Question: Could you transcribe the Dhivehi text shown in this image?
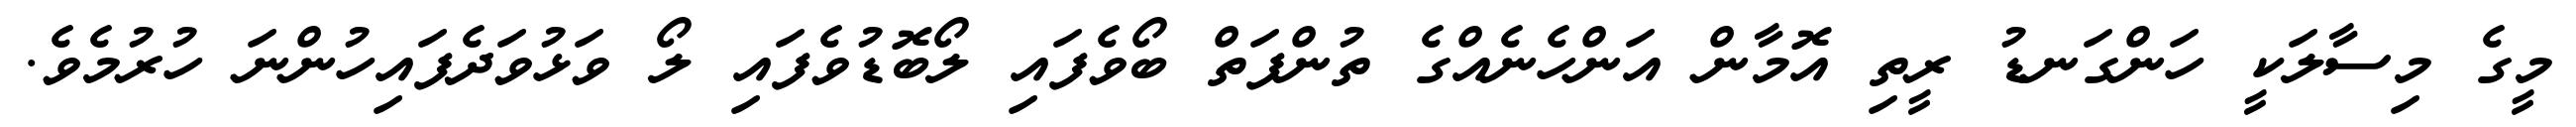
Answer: މީގެ މިސާލަކީ ހަންގަނޑު ރީތި އޮމާން އަންހެނެއްގެ ތުންފަތް ބޯވެފައި ލޯބޮޑުވެފައި ލޯ ވަޅުވަދެފައިހުންނަ ހުރުމެވެ.